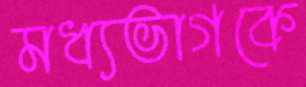
মধ্যভাগকে